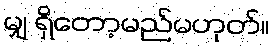
မျှ ရှိတော့မည်မဟုတ်။